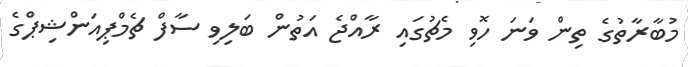
މުބާރާތުގެ ތިން ވަނަ ހޮވި މެޗުގައި ރާއްޖެ އަތުން ބަލިވި ސާފް ޗެމްޕިއަންޝިޕްގެ